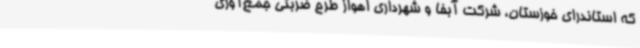
که استاندرای خوزستان، شرکت آبفا و شهرداری اهواز طرح ضربتی جمع‌آوری